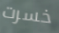
خسرت